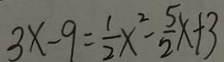
3 x - 9 = \frac { 1 } { 2 } x ^ { 2 } - \frac { 5 } { 2 } x + 3